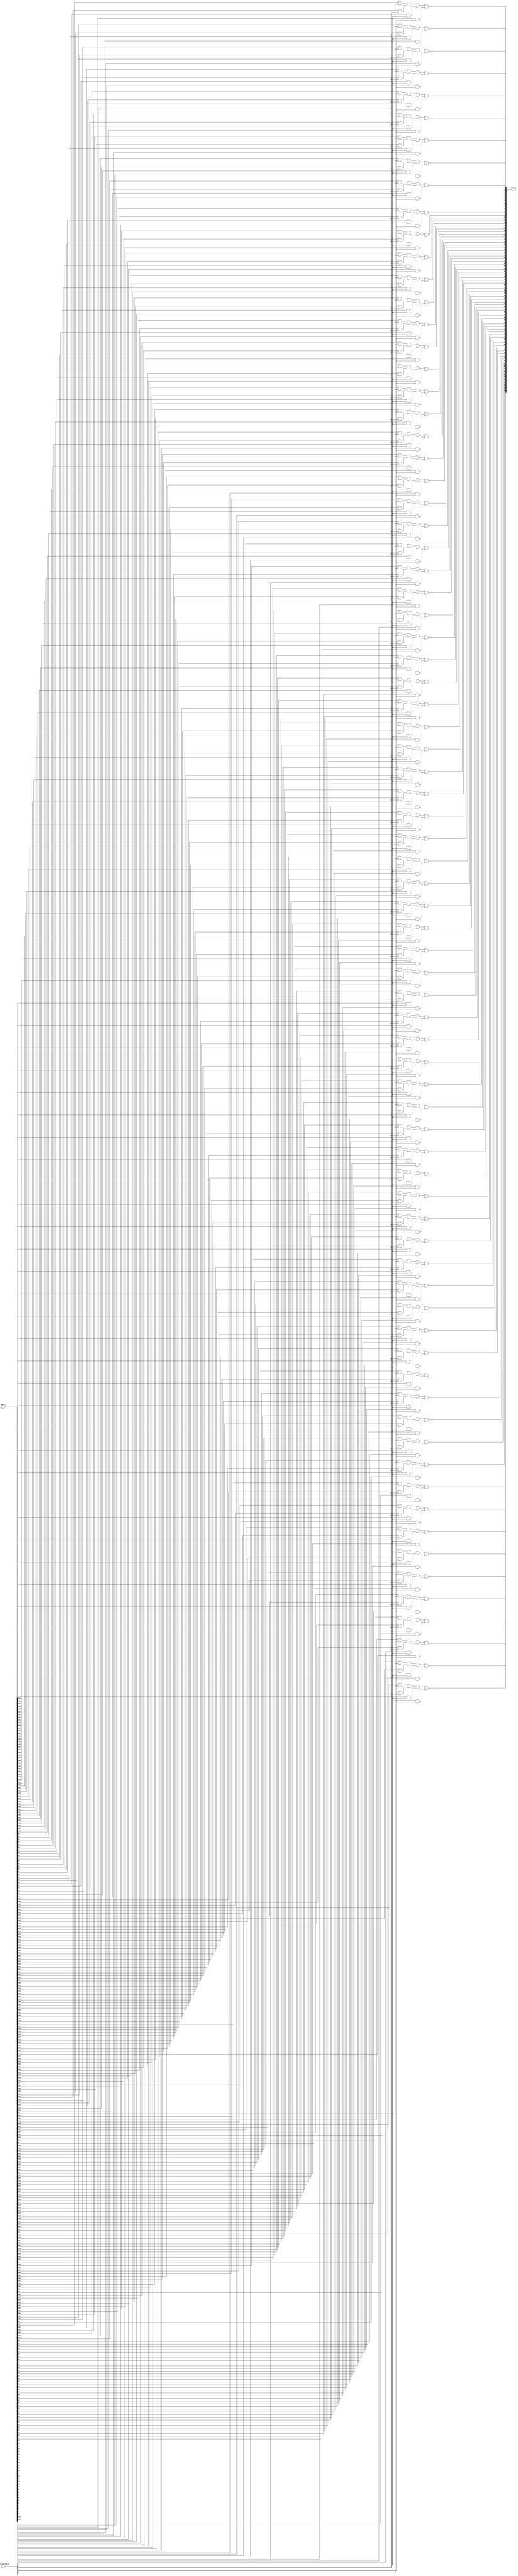
module bsg_mux_one_hot_width_p76_els_p4
(
  data_i,
  sel_one_hot_i,
  data_o
);

  input [303:0] data_i;
  input [3:0] sel_one_hot_i;
  output [75:0] data_o;
  wire [75:0] data_o;
  wire N0,N1,N2,N3,N4,N5,N6,N7,N8,N9,N10,N11,N12,N13,N14,N15,N16,N17,N18,N19,N20,N21,
  N22,N23,N24,N25,N26,N27,N28,N29,N30,N31,N32,N33,N34,N35,N36,N37,N38,N39,N40,N41,
  N42,N43,N44,N45,N46,N47,N48,N49,N50,N51,N52,N53,N54,N55,N56,N57,N58,N59,N60,N61,
  N62,N63,N64,N65,N66,N67,N68,N69,N70,N71,N72,N73,N74,N75,N76,N77,N78,N79,N80,N81,
  N82,N83,N84,N85,N86,N87,N88,N89,N90,N91,N92,N93,N94,N95,N96,N97,N98,N99,N100,N101,
  N102,N103,N104,N105,N106,N107,N108,N109,N110,N111,N112,N113,N114,N115,N116,N117,
  N118,N119,N120,N121,N122,N123,N124,N125,N126,N127,N128,N129,N130,N131,N132,N133,
  N134,N135,N136,N137,N138,N139,N140,N141,N142,N143,N144,N145,N146,N147,N148,N149,
  N150,N151;
  wire [303:0] data_masked;
  assign data_masked[75] = data_i[75] & sel_one_hot_i[0];
  assign data_masked[74] = data_i[74] & sel_one_hot_i[0];
  assign data_masked[73] = data_i[73] & sel_one_hot_i[0];
  assign data_masked[72] = data_i[72] & sel_one_hot_i[0];
  assign data_masked[71] = data_i[71] & sel_one_hot_i[0];
  assign data_masked[70] = data_i[70] & sel_one_hot_i[0];
  assign data_masked[69] = data_i[69] & sel_one_hot_i[0];
  assign data_masked[68] = data_i[68] & sel_one_hot_i[0];
  assign data_masked[67] = data_i[67] & sel_one_hot_i[0];
  assign data_masked[66] = data_i[66] & sel_one_hot_i[0];
  assign data_masked[65] = data_i[65] & sel_one_hot_i[0];
  assign data_masked[64] = data_i[64] & sel_one_hot_i[0];
  assign data_masked[63] = data_i[63] & sel_one_hot_i[0];
  assign data_masked[62] = data_i[62] & sel_one_hot_i[0];
  assign data_masked[61] = data_i[61] & sel_one_hot_i[0];
  assign data_masked[60] = data_i[60] & sel_one_hot_i[0];
  assign data_masked[59] = data_i[59] & sel_one_hot_i[0];
  assign data_masked[58] = data_i[58] & sel_one_hot_i[0];
  assign data_masked[57] = data_i[57] & sel_one_hot_i[0];
  assign data_masked[56] = data_i[56] & sel_one_hot_i[0];
  assign data_masked[55] = data_i[55] & sel_one_hot_i[0];
  assign data_masked[54] = data_i[54] & sel_one_hot_i[0];
  assign data_masked[53] = data_i[53] & sel_one_hot_i[0];
  assign data_masked[52] = data_i[52] & sel_one_hot_i[0];
  assign data_masked[51] = data_i[51] & sel_one_hot_i[0];
  assign data_masked[50] = data_i[50] & sel_one_hot_i[0];
  assign data_masked[49] = data_i[49] & sel_one_hot_i[0];
  assign data_masked[48] = data_i[48] & sel_one_hot_i[0];
  assign data_masked[47] = data_i[47] & sel_one_hot_i[0];
  assign data_masked[46] = data_i[46] & sel_one_hot_i[0];
  assign data_masked[45] = data_i[45] & sel_one_hot_i[0];
  assign data_masked[44] = data_i[44] & sel_one_hot_i[0];
  assign data_masked[43] = data_i[43] & sel_one_hot_i[0];
  assign data_masked[42] = data_i[42] & sel_one_hot_i[0];
  assign data_masked[41] = data_i[41] & sel_one_hot_i[0];
  assign data_masked[40] = data_i[40] & sel_one_hot_i[0];
  assign data_masked[39] = data_i[39] & sel_one_hot_i[0];
  assign data_masked[38] = data_i[38] & sel_one_hot_i[0];
  assign data_masked[37] = data_i[37] & sel_one_hot_i[0];
  assign data_masked[36] = data_i[36] & sel_one_hot_i[0];
  assign data_masked[35] = data_i[35] & sel_one_hot_i[0];
  assign data_masked[34] = data_i[34] & sel_one_hot_i[0];
  assign data_masked[33] = data_i[33] & sel_one_hot_i[0];
  assign data_masked[32] = data_i[32] & sel_one_hot_i[0];
  assign data_masked[31] = data_i[31] & sel_one_hot_i[0];
  assign data_masked[30] = data_i[30] & sel_one_hot_i[0];
  assign data_masked[29] = data_i[29] & sel_one_hot_i[0];
  assign data_masked[28] = data_i[28] & sel_one_hot_i[0];
  assign data_masked[27] = data_i[27] & sel_one_hot_i[0];
  assign data_masked[26] = data_i[26] & sel_one_hot_i[0];
  assign data_masked[25] = data_i[25] & sel_one_hot_i[0];
  assign data_masked[24] = data_i[24] & sel_one_hot_i[0];
  assign data_masked[23] = data_i[23] & sel_one_hot_i[0];
  assign data_masked[22] = data_i[22] & sel_one_hot_i[0];
  assign data_masked[21] = data_i[21] & sel_one_hot_i[0];
  assign data_masked[20] = data_i[20] & sel_one_hot_i[0];
  assign data_masked[19] = data_i[19] & sel_one_hot_i[0];
  assign data_masked[18] = data_i[18] & sel_one_hot_i[0];
  assign data_masked[17] = data_i[17] & sel_one_hot_i[0];
  assign data_masked[16] = data_i[16] & sel_one_hot_i[0];
  assign data_masked[15] = data_i[15] & sel_one_hot_i[0];
  assign data_masked[14] = data_i[14] & sel_one_hot_i[0];
  assign data_masked[13] = data_i[13] & sel_one_hot_i[0];
  assign data_masked[12] = data_i[12] & sel_one_hot_i[0];
  assign data_masked[11] = data_i[11] & sel_one_hot_i[0];
  assign data_masked[10] = data_i[10] & sel_one_hot_i[0];
  assign data_masked[9] = data_i[9] & sel_one_hot_i[0];
  assign data_masked[8] = data_i[8] & sel_one_hot_i[0];
  assign data_masked[7] = data_i[7] & sel_one_hot_i[0];
  assign data_masked[6] = data_i[6] & sel_one_hot_i[0];
  assign data_masked[5] = data_i[5] & sel_one_hot_i[0];
  assign data_masked[4] = data_i[4] & sel_one_hot_i[0];
  assign data_masked[3] = data_i[3] & sel_one_hot_i[0];
  assign data_masked[2] = data_i[2] & sel_one_hot_i[0];
  assign data_masked[1] = data_i[1] & sel_one_hot_i[0];
  assign data_masked[0] = data_i[0] & sel_one_hot_i[0];
  assign data_masked[151] = data_i[151] & sel_one_hot_i[1];
  assign data_masked[150] = data_i[150] & sel_one_hot_i[1];
  assign data_masked[149] = data_i[149] & sel_one_hot_i[1];
  assign data_masked[148] = data_i[148] & sel_one_hot_i[1];
  assign data_masked[147] = data_i[147] & sel_one_hot_i[1];
  assign data_masked[146] = data_i[146] & sel_one_hot_i[1];
  assign data_masked[145] = data_i[145] & sel_one_hot_i[1];
  assign data_masked[144] = data_i[144] & sel_one_hot_i[1];
  assign data_masked[143] = data_i[143] & sel_one_hot_i[1];
  assign data_masked[142] = data_i[142] & sel_one_hot_i[1];
  assign data_masked[141] = data_i[141] & sel_one_hot_i[1];
  assign data_masked[140] = data_i[140] & sel_one_hot_i[1];
  assign data_masked[139] = data_i[139] & sel_one_hot_i[1];
  assign data_masked[138] = data_i[138] & sel_one_hot_i[1];
  assign data_masked[137] = data_i[137] & sel_one_hot_i[1];
  assign data_masked[136] = data_i[136] & sel_one_hot_i[1];
  assign data_masked[135] = data_i[135] & sel_one_hot_i[1];
  assign data_masked[134] = data_i[134] & sel_one_hot_i[1];
  assign data_masked[133] = data_i[133] & sel_one_hot_i[1];
  assign data_masked[132] = data_i[132] & sel_one_hot_i[1];
  assign data_masked[131] = data_i[131] & sel_one_hot_i[1];
  assign data_masked[130] = data_i[130] & sel_one_hot_i[1];
  assign data_masked[129] = data_i[129] & sel_one_hot_i[1];
  assign data_masked[128] = data_i[128] & sel_one_hot_i[1];
  assign data_masked[127] = data_i[127] & sel_one_hot_i[1];
  assign data_masked[126] = data_i[126] & sel_one_hot_i[1];
  assign data_masked[125] = data_i[125] & sel_one_hot_i[1];
  assign data_masked[124] = data_i[124] & sel_one_hot_i[1];
  assign data_masked[123] = data_i[123] & sel_one_hot_i[1];
  assign data_masked[122] = data_i[122] & sel_one_hot_i[1];
  assign data_masked[121] = data_i[121] & sel_one_hot_i[1];
  assign data_masked[120] = data_i[120] & sel_one_hot_i[1];
  assign data_masked[119] = data_i[119] & sel_one_hot_i[1];
  assign data_masked[118] = data_i[118] & sel_one_hot_i[1];
  assign data_masked[117] = data_i[117] & sel_one_hot_i[1];
  assign data_masked[116] = data_i[116] & sel_one_hot_i[1];
  assign data_masked[115] = data_i[115] & sel_one_hot_i[1];
  assign data_masked[114] = data_i[114] & sel_one_hot_i[1];
  assign data_masked[113] = data_i[113] & sel_one_hot_i[1];
  assign data_masked[112] = data_i[112] & sel_one_hot_i[1];
  assign data_masked[111] = data_i[111] & sel_one_hot_i[1];
  assign data_masked[110] = data_i[110] & sel_one_hot_i[1];
  assign data_masked[109] = data_i[109] & sel_one_hot_i[1];
  assign data_masked[108] = data_i[108] & sel_one_hot_i[1];
  assign data_masked[107] = data_i[107] & sel_one_hot_i[1];
  assign data_masked[106] = data_i[106] & sel_one_hot_i[1];
  assign data_masked[105] = data_i[105] & sel_one_hot_i[1];
  assign data_masked[104] = data_i[104] & sel_one_hot_i[1];
  assign data_masked[103] = data_i[103] & sel_one_hot_i[1];
  assign data_masked[102] = data_i[102] & sel_one_hot_i[1];
  assign data_masked[101] = data_i[101] & sel_one_hot_i[1];
  assign data_masked[100] = data_i[100] & sel_one_hot_i[1];
  assign data_masked[99] = data_i[99] & sel_one_hot_i[1];
  assign data_masked[98] = data_i[98] & sel_one_hot_i[1];
  assign data_masked[97] = data_i[97] & sel_one_hot_i[1];
  assign data_masked[96] = data_i[96] & sel_one_hot_i[1];
  assign data_masked[95] = data_i[95] & sel_one_hot_i[1];
  assign data_masked[94] = data_i[94] & sel_one_hot_i[1];
  assign data_masked[93] = data_i[93] & sel_one_hot_i[1];
  assign data_masked[92] = data_i[92] & sel_one_hot_i[1];
  assign data_masked[91] = data_i[91] & sel_one_hot_i[1];
  assign data_masked[90] = data_i[90] & sel_one_hot_i[1];
  assign data_masked[89] = data_i[89] & sel_one_hot_i[1];
  assign data_masked[88] = data_i[88] & sel_one_hot_i[1];
  assign data_masked[87] = data_i[87] & sel_one_hot_i[1];
  assign data_masked[86] = data_i[86] & sel_one_hot_i[1];
  assign data_masked[85] = data_i[85] & sel_one_hot_i[1];
  assign data_masked[84] = data_i[84] & sel_one_hot_i[1];
  assign data_masked[83] = data_i[83] & sel_one_hot_i[1];
  assign data_masked[82] = data_i[82] & sel_one_hot_i[1];
  assign data_masked[81] = data_i[81] & sel_one_hot_i[1];
  assign data_masked[80] = data_i[80] & sel_one_hot_i[1];
  assign data_masked[79] = data_i[79] & sel_one_hot_i[1];
  assign data_masked[78] = data_i[78] & sel_one_hot_i[1];
  assign data_masked[77] = data_i[77] & sel_one_hot_i[1];
  assign data_masked[76] = data_i[76] & sel_one_hot_i[1];
  assign data_masked[227] = data_i[227] & sel_one_hot_i[2];
  assign data_masked[226] = data_i[226] & sel_one_hot_i[2];
  assign data_masked[225] = data_i[225] & sel_one_hot_i[2];
  assign data_masked[224] = data_i[224] & sel_one_hot_i[2];
  assign data_masked[223] = data_i[223] & sel_one_hot_i[2];
  assign data_masked[222] = data_i[222] & sel_one_hot_i[2];
  assign data_masked[221] = data_i[221] & sel_one_hot_i[2];
  assign data_masked[220] = data_i[220] & sel_one_hot_i[2];
  assign data_masked[219] = data_i[219] & sel_one_hot_i[2];
  assign data_masked[218] = data_i[218] & sel_one_hot_i[2];
  assign data_masked[217] = data_i[217] & sel_one_hot_i[2];
  assign data_masked[216] = data_i[216] & sel_one_hot_i[2];
  assign data_masked[215] = data_i[215] & sel_one_hot_i[2];
  assign data_masked[214] = data_i[214] & sel_one_hot_i[2];
  assign data_masked[213] = data_i[213] & sel_one_hot_i[2];
  assign data_masked[212] = data_i[212] & sel_one_hot_i[2];
  assign data_masked[211] = data_i[211] & sel_one_hot_i[2];
  assign data_masked[210] = data_i[210] & sel_one_hot_i[2];
  assign data_masked[209] = data_i[209] & sel_one_hot_i[2];
  assign data_masked[208] = data_i[208] & sel_one_hot_i[2];
  assign data_masked[207] = data_i[207] & sel_one_hot_i[2];
  assign data_masked[206] = data_i[206] & sel_one_hot_i[2];
  assign data_masked[205] = data_i[205] & sel_one_hot_i[2];
  assign data_masked[204] = data_i[204] & sel_one_hot_i[2];
  assign data_masked[203] = data_i[203] & sel_one_hot_i[2];
  assign data_masked[202] = data_i[202] & sel_one_hot_i[2];
  assign data_masked[201] = data_i[201] & sel_one_hot_i[2];
  assign data_masked[200] = data_i[200] & sel_one_hot_i[2];
  assign data_masked[199] = data_i[199] & sel_one_hot_i[2];
  assign data_masked[198] = data_i[198] & sel_one_hot_i[2];
  assign data_masked[197] = data_i[197] & sel_one_hot_i[2];
  assign data_masked[196] = data_i[196] & sel_one_hot_i[2];
  assign data_masked[195] = data_i[195] & sel_one_hot_i[2];
  assign data_masked[194] = data_i[194] & sel_one_hot_i[2];
  assign data_masked[193] = data_i[193] & sel_one_hot_i[2];
  assign data_masked[192] = data_i[192] & sel_one_hot_i[2];
  assign data_masked[191] = data_i[191] & sel_one_hot_i[2];
  assign data_masked[190] = data_i[190] & sel_one_hot_i[2];
  assign data_masked[189] = data_i[189] & sel_one_hot_i[2];
  assign data_masked[188] = data_i[188] & sel_one_hot_i[2];
  assign data_masked[187] = data_i[187] & sel_one_hot_i[2];
  assign data_masked[186] = data_i[186] & sel_one_hot_i[2];
  assign data_masked[185] = data_i[185] & sel_one_hot_i[2];
  assign data_masked[184] = data_i[184] & sel_one_hot_i[2];
  assign data_masked[183] = data_i[183] & sel_one_hot_i[2];
  assign data_masked[182] = data_i[182] & sel_one_hot_i[2];
  assign data_masked[181] = data_i[181] & sel_one_hot_i[2];
  assign data_masked[180] = data_i[180] & sel_one_hot_i[2];
  assign data_masked[179] = data_i[179] & sel_one_hot_i[2];
  assign data_masked[178] = data_i[178] & sel_one_hot_i[2];
  assign data_masked[177] = data_i[177] & sel_one_hot_i[2];
  assign data_masked[176] = data_i[176] & sel_one_hot_i[2];
  assign data_masked[175] = data_i[175] & sel_one_hot_i[2];
  assign data_masked[174] = data_i[174] & sel_one_hot_i[2];
  assign data_masked[173] = data_i[173] & sel_one_hot_i[2];
  assign data_masked[172] = data_i[172] & sel_one_hot_i[2];
  assign data_masked[171] = data_i[171] & sel_one_hot_i[2];
  assign data_masked[170] = data_i[170] & sel_one_hot_i[2];
  assign data_masked[169] = data_i[169] & sel_one_hot_i[2];
  assign data_masked[168] = data_i[168] & sel_one_hot_i[2];
  assign data_masked[167] = data_i[167] & sel_one_hot_i[2];
  assign data_masked[166] = data_i[166] & sel_one_hot_i[2];
  assign data_masked[165] = data_i[165] & sel_one_hot_i[2];
  assign data_masked[164] = data_i[164] & sel_one_hot_i[2];
  assign data_masked[163] = data_i[163] & sel_one_hot_i[2];
  assign data_masked[162] = data_i[162] & sel_one_hot_i[2];
  assign data_masked[161] = data_i[161] & sel_one_hot_i[2];
  assign data_masked[160] = data_i[160] & sel_one_hot_i[2];
  assign data_masked[159] = data_i[159] & sel_one_hot_i[2];
  assign data_masked[158] = data_i[158] & sel_one_hot_i[2];
  assign data_masked[157] = data_i[157] & sel_one_hot_i[2];
  assign data_masked[156] = data_i[156] & sel_one_hot_i[2];
  assign data_masked[155] = data_i[155] & sel_one_hot_i[2];
  assign data_masked[154] = data_i[154] & sel_one_hot_i[2];
  assign data_masked[153] = data_i[153] & sel_one_hot_i[2];
  assign data_masked[152] = data_i[152] & sel_one_hot_i[2];
  assign data_masked[303] = data_i[303] & sel_one_hot_i[3];
  assign data_masked[302] = data_i[302] & sel_one_hot_i[3];
  assign data_masked[301] = data_i[301] & sel_one_hot_i[3];
  assign data_masked[300] = data_i[300] & sel_one_hot_i[3];
  assign data_masked[299] = data_i[299] & sel_one_hot_i[3];
  assign data_masked[298] = data_i[298] & sel_one_hot_i[3];
  assign data_masked[297] = data_i[297] & sel_one_hot_i[3];
  assign data_masked[296] = data_i[296] & sel_one_hot_i[3];
  assign data_masked[295] = data_i[295] & sel_one_hot_i[3];
  assign data_masked[294] = data_i[294] & sel_one_hot_i[3];
  assign data_masked[293] = data_i[293] & sel_one_hot_i[3];
  assign data_masked[292] = data_i[292] & sel_one_hot_i[3];
  assign data_masked[291] = data_i[291] & sel_one_hot_i[3];
  assign data_masked[290] = data_i[290] & sel_one_hot_i[3];
  assign data_masked[289] = data_i[289] & sel_one_hot_i[3];
  assign data_masked[288] = data_i[288] & sel_one_hot_i[3];
  assign data_masked[287] = data_i[287] & sel_one_hot_i[3];
  assign data_masked[286] = data_i[286] & sel_one_hot_i[3];
  assign data_masked[285] = data_i[285] & sel_one_hot_i[3];
  assign data_masked[284] = data_i[284] & sel_one_hot_i[3];
  assign data_masked[283] = data_i[283] & sel_one_hot_i[3];
  assign data_masked[282] = data_i[282] & sel_one_hot_i[3];
  assign data_masked[281] = data_i[281] & sel_one_hot_i[3];
  assign data_masked[280] = data_i[280] & sel_one_hot_i[3];
  assign data_masked[279] = data_i[279] & sel_one_hot_i[3];
  assign data_masked[278] = data_i[278] & sel_one_hot_i[3];
  assign data_masked[277] = data_i[277] & sel_one_hot_i[3];
  assign data_masked[276] = data_i[276] & sel_one_hot_i[3];
  assign data_masked[275] = data_i[275] & sel_one_hot_i[3];
  assign data_masked[274] = data_i[274] & sel_one_hot_i[3];
  assign data_masked[273] = data_i[273] & sel_one_hot_i[3];
  assign data_masked[272] = data_i[272] & sel_one_hot_i[3];
  assign data_masked[271] = data_i[271] & sel_one_hot_i[3];
  assign data_masked[270] = data_i[270] & sel_one_hot_i[3];
  assign data_masked[269] = data_i[269] & sel_one_hot_i[3];
  assign data_masked[268] = data_i[268] & sel_one_hot_i[3];
  assign data_masked[267] = data_i[267] & sel_one_hot_i[3];
  assign data_masked[266] = data_i[266] & sel_one_hot_i[3];
  assign data_masked[265] = data_i[265] & sel_one_hot_i[3];
  assign data_masked[264] = data_i[264] & sel_one_hot_i[3];
  assign data_masked[263] = data_i[263] & sel_one_hot_i[3];
  assign data_masked[262] = data_i[262] & sel_one_hot_i[3];
  assign data_masked[261] = data_i[261] & sel_one_hot_i[3];
  assign data_masked[260] = data_i[260] & sel_one_hot_i[3];
  assign data_masked[259] = data_i[259] & sel_one_hot_i[3];
  assign data_masked[258] = data_i[258] & sel_one_hot_i[3];
  assign data_masked[257] = data_i[257] & sel_one_hot_i[3];
  assign data_masked[256] = data_i[256] & sel_one_hot_i[3];
  assign data_masked[255] = data_i[255] & sel_one_hot_i[3];
  assign data_masked[254] = data_i[254] & sel_one_hot_i[3];
  assign data_masked[253] = data_i[253] & sel_one_hot_i[3];
  assign data_masked[252] = data_i[252] & sel_one_hot_i[3];
  assign data_masked[251] = data_i[251] & sel_one_hot_i[3];
  assign data_masked[250] = data_i[250] & sel_one_hot_i[3];
  assign data_masked[249] = data_i[249] & sel_one_hot_i[3];
  assign data_masked[248] = data_i[248] & sel_one_hot_i[3];
  assign data_masked[247] = data_i[247] & sel_one_hot_i[3];
  assign data_masked[246] = data_i[246] & sel_one_hot_i[3];
  assign data_masked[245] = data_i[245] & sel_one_hot_i[3];
  assign data_masked[244] = data_i[244] & sel_one_hot_i[3];
  assign data_masked[243] = data_i[243] & sel_one_hot_i[3];
  assign data_masked[242] = data_i[242] & sel_one_hot_i[3];
  assign data_masked[241] = data_i[241] & sel_one_hot_i[3];
  assign data_masked[240] = data_i[240] & sel_one_hot_i[3];
  assign data_masked[239] = data_i[239] & sel_one_hot_i[3];
  assign data_masked[238] = data_i[238] & sel_one_hot_i[3];
  assign data_masked[237] = data_i[237] & sel_one_hot_i[3];
  assign data_masked[236] = data_i[236] & sel_one_hot_i[3];
  assign data_masked[235] = data_i[235] & sel_one_hot_i[3];
  assign data_masked[234] = data_i[234] & sel_one_hot_i[3];
  assign data_masked[233] = data_i[233] & sel_one_hot_i[3];
  assign data_masked[232] = data_i[232] & sel_one_hot_i[3];
  assign data_masked[231] = data_i[231] & sel_one_hot_i[3];
  assign data_masked[230] = data_i[230] & sel_one_hot_i[3];
  assign data_masked[229] = data_i[229] & sel_one_hot_i[3];
  assign data_masked[228] = data_i[228] & sel_one_hot_i[3];
  assign data_o[0] = N1 | data_masked[0];
  assign N1 = N0 | data_masked[76];
  assign N0 = data_masked[228] | data_masked[152];
  assign data_o[1] = N3 | data_masked[1];
  assign N3 = N2 | data_masked[77];
  assign N2 = data_masked[229] | data_masked[153];
  assign data_o[2] = N5 | data_masked[2];
  assign N5 = N4 | data_masked[78];
  assign N4 = data_masked[230] | data_masked[154];
  assign data_o[3] = N7 | data_masked[3];
  assign N7 = N6 | data_masked[79];
  assign N6 = data_masked[231] | data_masked[155];
  assign data_o[4] = N9 | data_masked[4];
  assign N9 = N8 | data_masked[80];
  assign N8 = data_masked[232] | data_masked[156];
  assign data_o[5] = N11 | data_masked[5];
  assign N11 = N10 | data_masked[81];
  assign N10 = data_masked[233] | data_masked[157];
  assign data_o[6] = N13 | data_masked[6];
  assign N13 = N12 | data_masked[82];
  assign N12 = data_masked[234] | data_masked[158];
  assign data_o[7] = N15 | data_masked[7];
  assign N15 = N14 | data_masked[83];
  assign N14 = data_masked[235] | data_masked[159];
  assign data_o[8] = N17 | data_masked[8];
  assign N17 = N16 | data_masked[84];
  assign N16 = data_masked[236] | data_masked[160];
  assign data_o[9] = N19 | data_masked[9];
  assign N19 = N18 | data_masked[85];
  assign N18 = data_masked[237] | data_masked[161];
  assign data_o[10] = N21 | data_masked[10];
  assign N21 = N20 | data_masked[86];
  assign N20 = data_masked[238] | data_masked[162];
  assign data_o[11] = N23 | data_masked[11];
  assign N23 = N22 | data_masked[87];
  assign N22 = data_masked[239] | data_masked[163];
  assign data_o[12] = N25 | data_masked[12];
  assign N25 = N24 | data_masked[88];
  assign N24 = data_masked[240] | data_masked[164];
  assign data_o[13] = N27 | data_masked[13];
  assign N27 = N26 | data_masked[89];
  assign N26 = data_masked[241] | data_masked[165];
  assign data_o[14] = N29 | data_masked[14];
  assign N29 = N28 | data_masked[90];
  assign N28 = data_masked[242] | data_masked[166];
  assign data_o[15] = N31 | data_masked[15];
  assign N31 = N30 | data_masked[91];
  assign N30 = data_masked[243] | data_masked[167];
  assign data_o[16] = N33 | data_masked[16];
  assign N33 = N32 | data_masked[92];
  assign N32 = data_masked[244] | data_masked[168];
  assign data_o[17] = N35 | data_masked[17];
  assign N35 = N34 | data_masked[93];
  assign N34 = data_masked[245] | data_masked[169];
  assign data_o[18] = N37 | data_masked[18];
  assign N37 = N36 | data_masked[94];
  assign N36 = data_masked[246] | data_masked[170];
  assign data_o[19] = N39 | data_masked[19];
  assign N39 = N38 | data_masked[95];
  assign N38 = data_masked[247] | data_masked[171];
  assign data_o[20] = N41 | data_masked[20];
  assign N41 = N40 | data_masked[96];
  assign N40 = data_masked[248] | data_masked[172];
  assign data_o[21] = N43 | data_masked[21];
  assign N43 = N42 | data_masked[97];
  assign N42 = data_masked[249] | data_masked[173];
  assign data_o[22] = N45 | data_masked[22];
  assign N45 = N44 | data_masked[98];
  assign N44 = data_masked[250] | data_masked[174];
  assign data_o[23] = N47 | data_masked[23];
  assign N47 = N46 | data_masked[99];
  assign N46 = data_masked[251] | data_masked[175];
  assign data_o[24] = N49 | data_masked[24];
  assign N49 = N48 | data_masked[100];
  assign N48 = data_masked[252] | data_masked[176];
  assign data_o[25] = N51 | data_masked[25];
  assign N51 = N50 | data_masked[101];
  assign N50 = data_masked[253] | data_masked[177];
  assign data_o[26] = N53 | data_masked[26];
  assign N53 = N52 | data_masked[102];
  assign N52 = data_masked[254] | data_masked[178];
  assign data_o[27] = N55 | data_masked[27];
  assign N55 = N54 | data_masked[103];
  assign N54 = data_masked[255] | data_masked[179];
  assign data_o[28] = N57 | data_masked[28];
  assign N57 = N56 | data_masked[104];
  assign N56 = data_masked[256] | data_masked[180];
  assign data_o[29] = N59 | data_masked[29];
  assign N59 = N58 | data_masked[105];
  assign N58 = data_masked[257] | data_masked[181];
  assign data_o[30] = N61 | data_masked[30];
  assign N61 = N60 | data_masked[106];
  assign N60 = data_masked[258] | data_masked[182];
  assign data_o[31] = N63 | data_masked[31];
  assign N63 = N62 | data_masked[107];
  assign N62 = data_masked[259] | data_masked[183];
  assign data_o[32] = N65 | data_masked[32];
  assign N65 = N64 | data_masked[108];
  assign N64 = data_masked[260] | data_masked[184];
  assign data_o[33] = N67 | data_masked[33];
  assign N67 = N66 | data_masked[109];
  assign N66 = data_masked[261] | data_masked[185];
  assign data_o[34] = N69 | data_masked[34];
  assign N69 = N68 | data_masked[110];
  assign N68 = data_masked[262] | data_masked[186];
  assign data_o[35] = N71 | data_masked[35];
  assign N71 = N70 | data_masked[111];
  assign N70 = data_masked[263] | data_masked[187];
  assign data_o[36] = N73 | data_masked[36];
  assign N73 = N72 | data_masked[112];
  assign N72 = data_masked[264] | data_masked[188];
  assign data_o[37] = N75 | data_masked[37];
  assign N75 = N74 | data_masked[113];
  assign N74 = data_masked[265] | data_masked[189];
  assign data_o[38] = N77 | data_masked[38];
  assign N77 = N76 | data_masked[114];
  assign N76 = data_masked[266] | data_masked[190];
  assign data_o[39] = N79 | data_masked[39];
  assign N79 = N78 | data_masked[115];
  assign N78 = data_masked[267] | data_masked[191];
  assign data_o[40] = N81 | data_masked[40];
  assign N81 = N80 | data_masked[116];
  assign N80 = data_masked[268] | data_masked[192];
  assign data_o[41] = N83 | data_masked[41];
  assign N83 = N82 | data_masked[117];
  assign N82 = data_masked[269] | data_masked[193];
  assign data_o[42] = N85 | data_masked[42];
  assign N85 = N84 | data_masked[118];
  assign N84 = data_masked[270] | data_masked[194];
  assign data_o[43] = N87 | data_masked[43];
  assign N87 = N86 | data_masked[119];
  assign N86 = data_masked[271] | data_masked[195];
  assign data_o[44] = N89 | data_masked[44];
  assign N89 = N88 | data_masked[120];
  assign N88 = data_masked[272] | data_masked[196];
  assign data_o[45] = N91 | data_masked[45];
  assign N91 = N90 | data_masked[121];
  assign N90 = data_masked[273] | data_masked[197];
  assign data_o[46] = N93 | data_masked[46];
  assign N93 = N92 | data_masked[122];
  assign N92 = data_masked[274] | data_masked[198];
  assign data_o[47] = N95 | data_masked[47];
  assign N95 = N94 | data_masked[123];
  assign N94 = data_masked[275] | data_masked[199];
  assign data_o[48] = N97 | data_masked[48];
  assign N97 = N96 | data_masked[124];
  assign N96 = data_masked[276] | data_masked[200];
  assign data_o[49] = N99 | data_masked[49];
  assign N99 = N98 | data_masked[125];
  assign N98 = data_masked[277] | data_masked[201];
  assign data_o[50] = N101 | data_masked[50];
  assign N101 = N100 | data_masked[126];
  assign N100 = data_masked[278] | data_masked[202];
  assign data_o[51] = N103 | data_masked[51];
  assign N103 = N102 | data_masked[127];
  assign N102 = data_masked[279] | data_masked[203];
  assign data_o[52] = N105 | data_masked[52];
  assign N105 = N104 | data_masked[128];
  assign N104 = data_masked[280] | data_masked[204];
  assign data_o[53] = N107 | data_masked[53];
  assign N107 = N106 | data_masked[129];
  assign N106 = data_masked[281] | data_masked[205];
  assign data_o[54] = N109 | data_masked[54];
  assign N109 = N108 | data_masked[130];
  assign N108 = data_masked[282] | data_masked[206];
  assign data_o[55] = N111 | data_masked[55];
  assign N111 = N110 | data_masked[131];
  assign N110 = data_masked[283] | data_masked[207];
  assign data_o[56] = N113 | data_masked[56];
  assign N113 = N112 | data_masked[132];
  assign N112 = data_masked[284] | data_masked[208];
  assign data_o[57] = N115 | data_masked[57];
  assign N115 = N114 | data_masked[133];
  assign N114 = data_masked[285] | data_masked[209];
  assign data_o[58] = N117 | data_masked[58];
  assign N117 = N116 | data_masked[134];
  assign N116 = data_masked[286] | data_masked[210];
  assign data_o[59] = N119 | data_masked[59];
  assign N119 = N118 | data_masked[135];
  assign N118 = data_masked[287] | data_masked[211];
  assign data_o[60] = N121 | data_masked[60];
  assign N121 = N120 | data_masked[136];
  assign N120 = data_masked[288] | data_masked[212];
  assign data_o[61] = N123 | data_masked[61];
  assign N123 = N122 | data_masked[137];
  assign N122 = data_masked[289] | data_masked[213];
  assign data_o[62] = N125 | data_masked[62];
  assign N125 = N124 | data_masked[138];
  assign N124 = data_masked[290] | data_masked[214];
  assign data_o[63] = N127 | data_masked[63];
  assign N127 = N126 | data_masked[139];
  assign N126 = data_masked[291] | data_masked[215];
  assign data_o[64] = N129 | data_masked[64];
  assign N129 = N128 | data_masked[140];
  assign N128 = data_masked[292] | data_masked[216];
  assign data_o[65] = N131 | data_masked[65];
  assign N131 = N130 | data_masked[141];
  assign N130 = data_masked[293] | data_masked[217];
  assign data_o[66] = N133 | data_masked[66];
  assign N133 = N132 | data_masked[142];
  assign N132 = data_masked[294] | data_masked[218];
  assign data_o[67] = N135 | data_masked[67];
  assign N135 = N134 | data_masked[143];
  assign N134 = data_masked[295] | data_masked[219];
  assign data_o[68] = N137 | data_masked[68];
  assign N137 = N136 | data_masked[144];
  assign N136 = data_masked[296] | data_masked[220];
  assign data_o[69] = N139 | data_masked[69];
  assign N139 = N138 | data_masked[145];
  assign N138 = data_masked[297] | data_masked[221];
  assign data_o[70] = N141 | data_masked[70];
  assign N141 = N140 | data_masked[146];
  assign N140 = data_masked[298] | data_masked[222];
  assign data_o[71] = N143 | data_masked[71];
  assign N143 = N142 | data_masked[147];
  assign N142 = data_masked[299] | data_masked[223];
  assign data_o[72] = N145 | data_masked[72];
  assign N145 = N144 | data_masked[148];
  assign N144 = data_masked[300] | data_masked[224];
  assign data_o[73] = N147 | data_masked[73];
  assign N147 = N146 | data_masked[149];
  assign N146 = data_masked[301] | data_masked[225];
  assign data_o[74] = N149 | data_masked[74];
  assign N149 = N148 | data_masked[150];
  assign N148 = data_masked[302] | data_masked[226];
  assign data_o[75] = N151 | data_masked[75];
  assign N151 = N150 | data_masked[151];
  assign N150 = data_masked[303] | data_masked[227];

endmodule